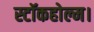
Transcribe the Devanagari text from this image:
स्टॉकहोल्म।